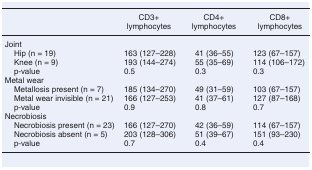
<table><thead><tr><td></td><td><b>CD3+ lymphocytes</b></td><td><b>CD4+ lymphocytes</b></td><td><b>CD8+ lymphocytes</b></td></tr></thead><tbody><tr><td colspan="4">Joint</td></tr><tr><td> Hip (n = 19)</td><td>163 (127–228)</td><td>41 (36–55)</td><td>123 (67–157)</td></tr><tr><td> Knee (n = 9)</td><td>193 (144–274)</td><td>55 (35–69)</td><td>114 (106–172)</td></tr><tr><td> p-value</td><td>0.5</td><td>0.3</td><td>0.3</td></tr><tr><td colspan="4">Metal wear</td></tr><tr><td> Metallosis present (n = 7)</td><td>185 (134–270)</td><td>49 (31–59)</td><td>103 (67–157)</td></tr><tr><td> Metal wear invisible (n = 21)</td><td>166 (127–253)</td><td>41 (37–61)</td><td>127 (87–168)</td></tr><tr><td> p-value</td><td>0.9</td><td>0.8</td><td>0.7</td></tr><tr><td colspan="4">Necrobiosis</td></tr><tr><td> Necrobiosis present (n = 23)</td><td>166 (127–270)</td><td>42 (36–59)</td><td>114 (67–157)</td></tr><tr><td> Necrobiosis absent (n = 5)</td><td>203 (128–306)</td><td>51 (39–67)</td><td>151 (93–230)</td></tr><tr><td> p-value</td><td>0.7</td><td>0.4</td><td>0.4</td></tr></tbody></table>